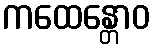
ကထေန္တောဝ